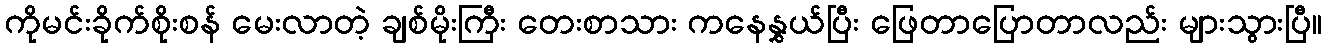
ကိုမင်းခိုက်စိုးစန် မေးလာတဲ့ ချစ်မိုးကြီး တေးစာသား ကနေနွှယ်ပြီး ဖြေတာပြောတာလည်း များသွားပြီ။